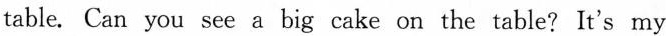
table. Can you see a big cake on the table?It's my